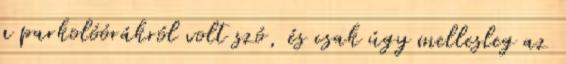
a parkolóórákról volt szó, és csak úgy mellesleg az